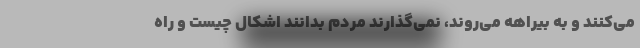
می‌کنند و به بیراهه می‌روند، نمی‌گذارند مردم بدانند اشکال چیست و راه